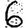
Digit: 6